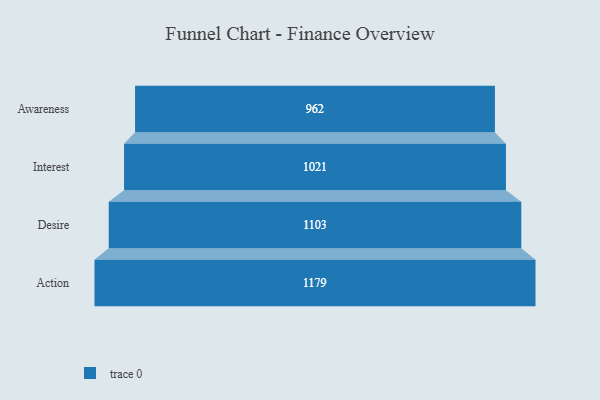
{"axis": {"x": "Stage", "y": "Value"}, "legend": [""], "data": [{"x": "Awareness", "y": 962.0, "type": ""}, {"x": "Interest", "y": 1021.0, "type": ""}, {"x": "Desire", "y": 1103.0, "type": ""}, {"x": "Action", "y": 1179.0, "type": ""}]}